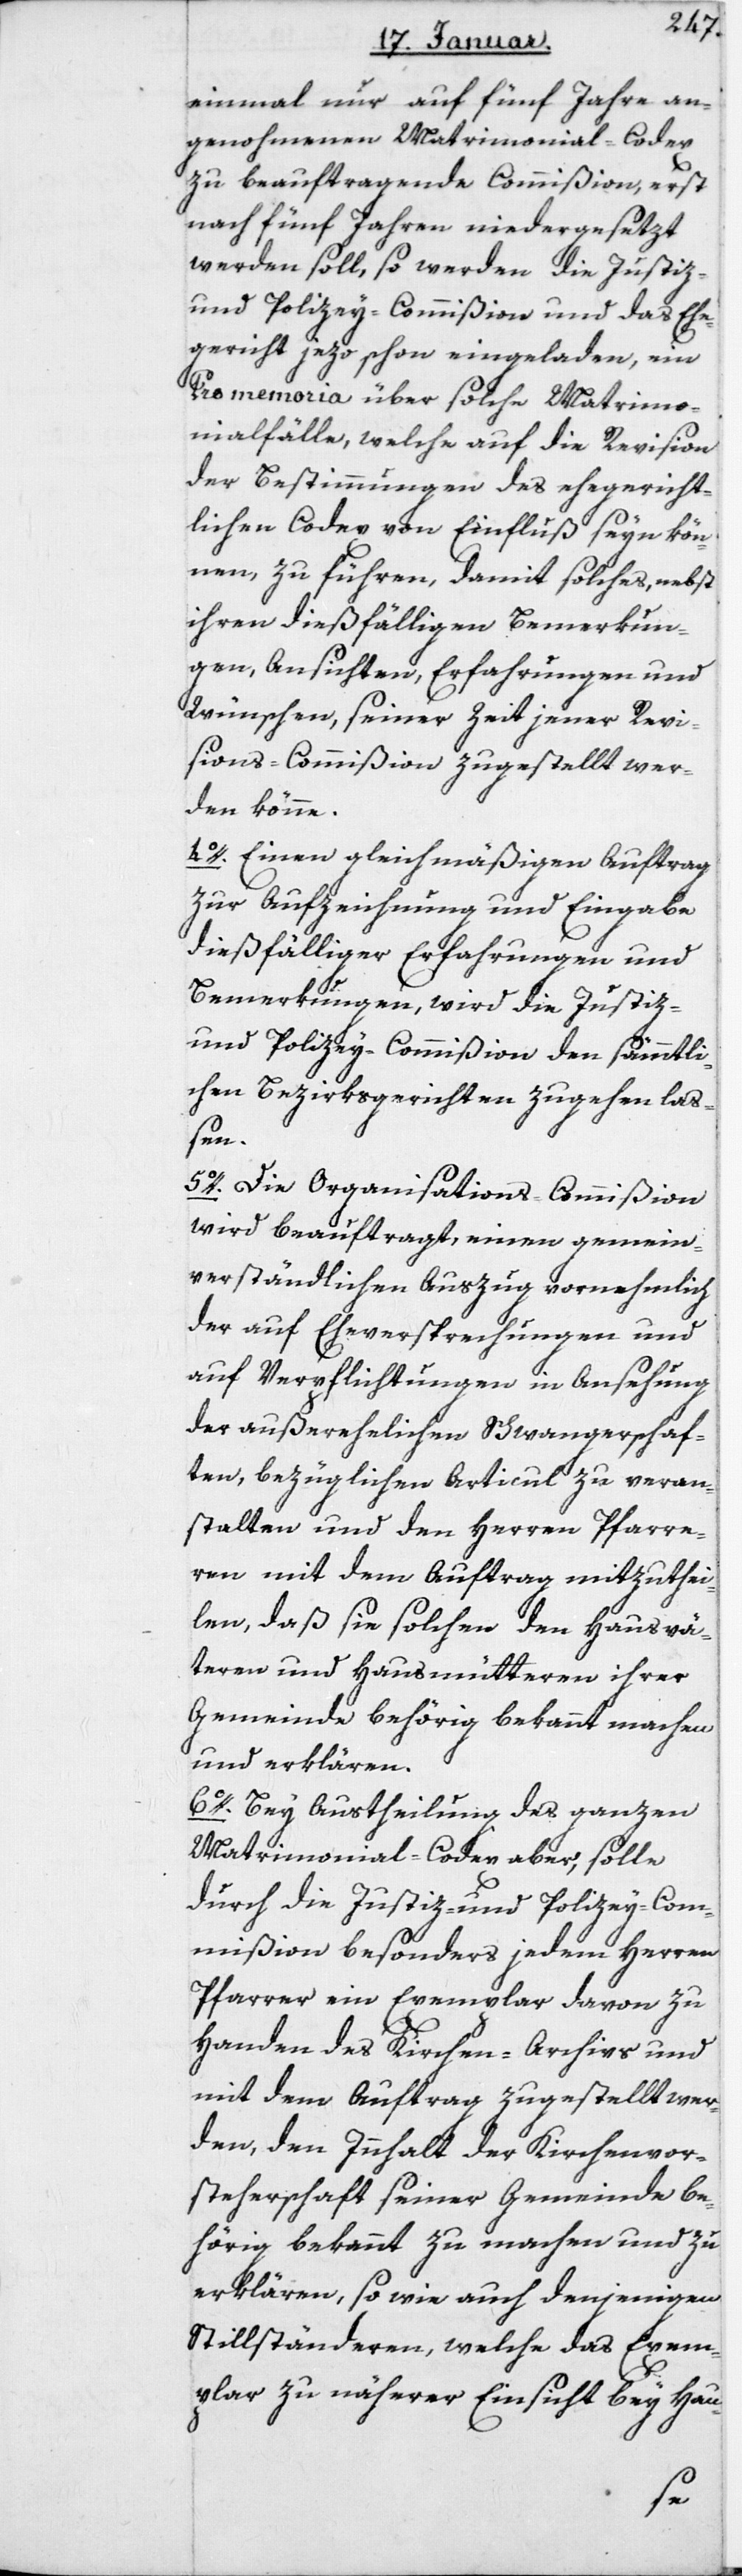
einmal nur auf fünf Jahre an¬
genommenen Matrimonial-Codex
zu beauftragende Commißion, erst
nach fünf Jahren niedergesetzt
werden soll, so werden die Justiz-
und Polizey-Commißion und das Ehe¬
gericht jezo schon eingeladen, ein
Promemoria über solche Matrimo¬
nialfälle, welche auf die Revision
der Bestimmungen des ehegericht¬
lichen Codex von Einfluß seyn kön¬
nen, zu führen, damit solches, nebst
ihren dießfälligen Bemerkun¬
gen, Ansichten, Erfahrungen und
Wünschen, seiner Zeit jener Revi¬
sions-Commißion zugestellt wer¬
den könne.
4. Einen gleichmäßigen Auftrag
zur Aufzeichnung und Eingabe
dießfälliger Erfahrungen und
Bemerkungen, wird die Justiz-
und Polizey-Commißion den sämmtli¬
chen Bezirksgerichten zugehen laß¬
en.
5. Die Organisations-Commißion
wird beauftragt, einen gemein¬
verständlichen Auszug vornehmlich
der auf Eheversprechungen und
auf Verpflichtungen in Ansehung
der außerehelichen Schwangerschaf¬
ten, bezüglichen Articul zu veran¬
stalten und den Herren Pfarre¬
ren mit dem Auftrag mitzuthei¬
len, daß sie solchen den Hausvä¬
teren und Hausmütteren ihrer
Gemeinde behörig bekannt machen
und erklären.
6. Bey Austheilung des ganzen
Matrimonial-Codex aber, solle
durch die Justiz- und Polizey-Com¬
mißion besonders jedem Herren
Pfarrer ein Exemplar davon zu
Handen des Kirchen-Archivs und
mit dem Auftrag zugestellt wer¬
den, den Innhalt der Kirchenvor¬
steherschaft seiner Gemeinde be¬
hörig bekannt zu machen und zu
erklären, sowie auch denjenigen
Stillständeren, welche das Exem¬
plar zu näherer Einsicht bey Hau-